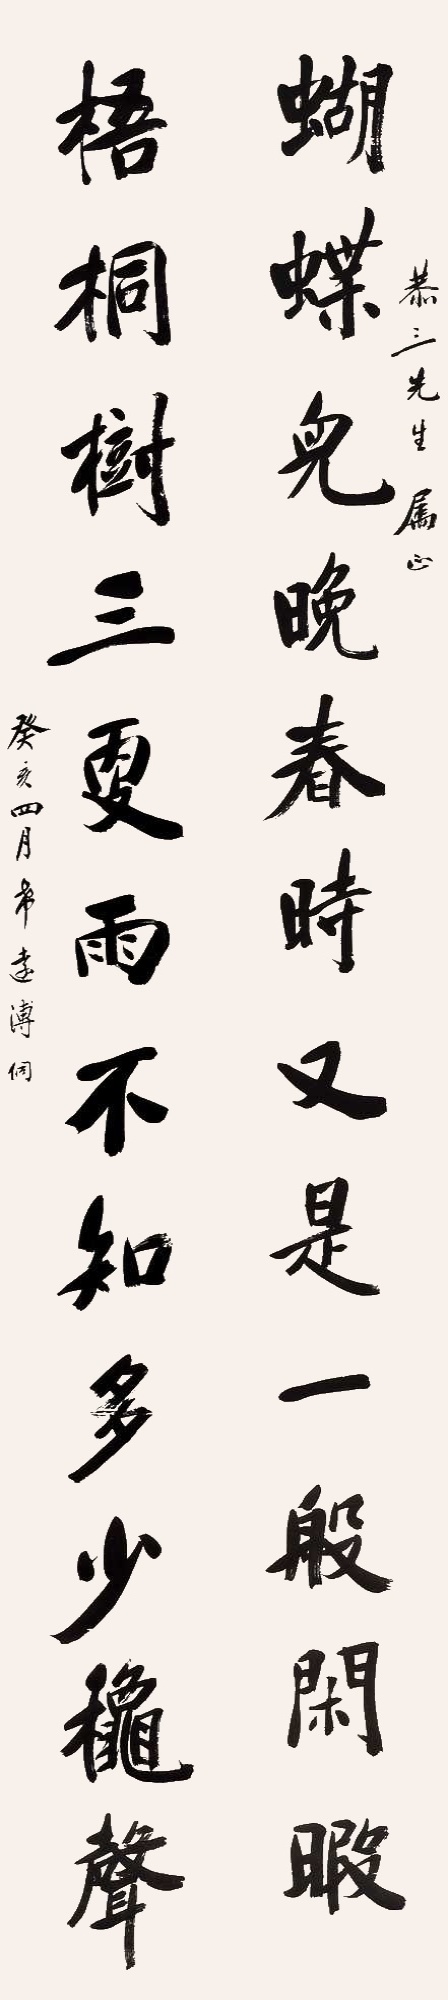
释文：蝴蝶儿晚春时又是一般闲暇，梧桐树三更雨不知多少秋声。恭三先生属正。癸亥四月，希远溥侗。